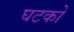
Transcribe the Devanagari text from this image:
घटको